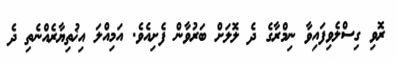
ރޮވި ގިސްލެވިފައިވާ ނިމްރާގެ ދެ ލޮލަށް ބަރުވާން ފެށިއެވެ. އަމިއްލަ އިޚުތިޔާރެއްނެތި ދެ